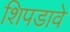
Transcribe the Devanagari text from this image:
शिपडावे